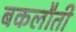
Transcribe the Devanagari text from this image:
बकलौती